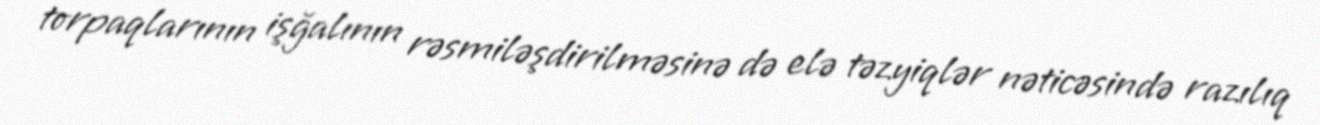
torpaqlarının işğalının rəsmiləşdirilməsinə də elə təzyiqlər nəticəsində razılıq